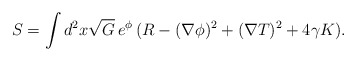
\begin{align*}S = \int d^2 x \sqrt{G} \, e^{\phi} \, ( R - (\nabla \phi)^2+ (\nabla T)^2 + 4 \gamma K ) . \end{align*}